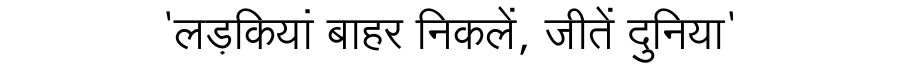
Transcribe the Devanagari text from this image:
'लड़कियां बाहर निकलें, जीतें दुनिया'